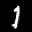
Label: 1